NAE_EAA_P-1050_Enda_Kallas, lk 10
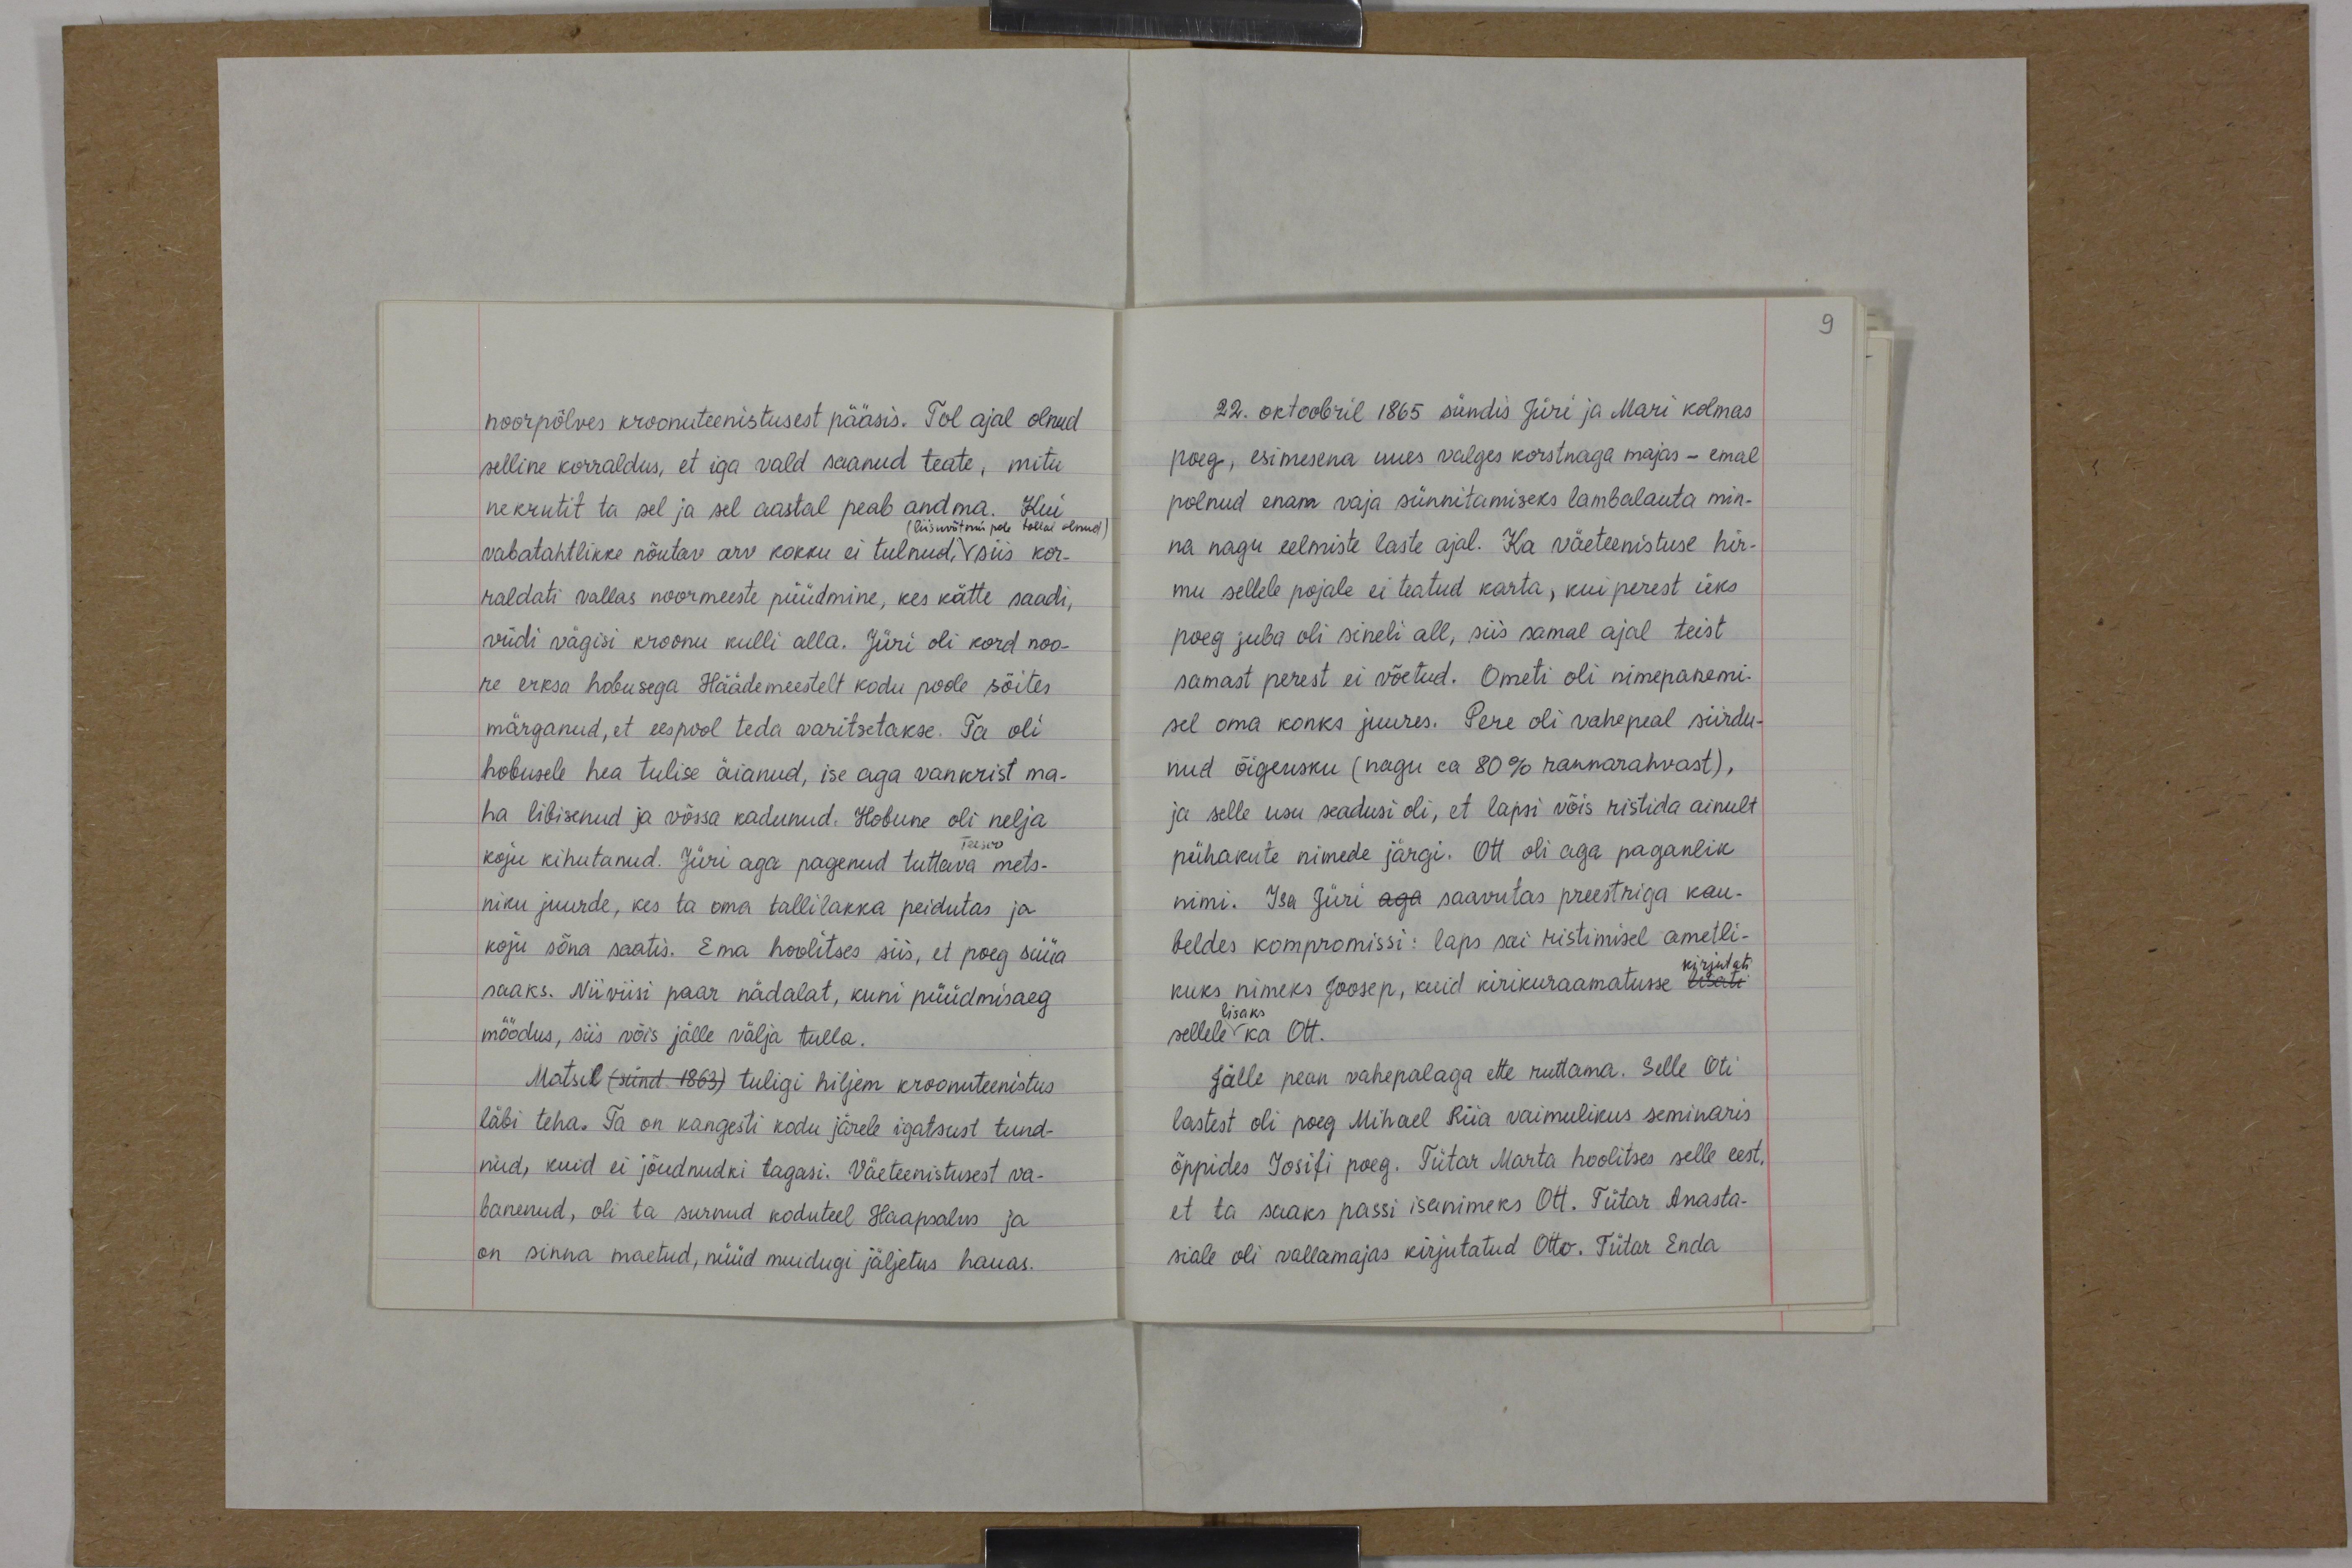
9

noorpõlves kroonuteenistusest pääsis. Tol ajal olnud
selline korraldus, et iga vald saanud teate, mitu
nekrutit ta sel ja sel aastal peab andma. Kui
(liisuvõtmis pole tollal olnud)
vabatahtlikke nõutav arv kokku ei tulnud, siis kor-
raldati vallas noormeeste püüdmine, kes kätte saadi,
viidi vägisi kroonu kulli alla. Jüri oli kord noo-
re erksa hobusega Häädemeestelt kodu poole sõites
märganud, et eespool teda varitsetakse. Ta oli
hobusele hea tulise äianud, ise aga vankrist ma-
ha libisenud ja võssa kadunud. Hobune oli nelja
koju kihutanud. Jüri aga pagenud tuttava mets-
niku juurde, kes ta oma tallilakka peidutas ja
koju sõna saatis. Ema hoolitses siis, et poeg süüa
saaks. Niiviisi paar nädalat, kuni püüdmisaeg
möödus, siis võis jälle välja tulla.
Matsil (sünd. 1863) tuligi hiljem kroonuteenistus
läbi teha. Ta on kangesti kodu järele igatsust tund-
nud, kuid ei jõudnudki tagasi. Väeteenistusest va-
banenud, oli ta surnud koduteel Haapsalus ja
on sinna maetud, nüüd muidugi jäljetus hauas.

22. oktoobril 1865 sündis Jüri ja Mari kolmas
poeg, esimesena uues valges korstnaga majas - emal
polnud enam vaja sünnitamiseks lambalauta min-
na nagu eelmiste laste ajal. Ka väeteenistuse hir-
mu sellele pojale ei teatud karta, kui perest üks
poeg juba oli sineli all, siis samal ajal teist
samast perest ei võetud. Ometi oli nimepanemi-
sel oma konks juures. Pere oli vahepeal siirdu-
nud õigeusku (nagu ca 80% rannarahvast),
ja selle usu seadusi oli, et lapsi võis ristida ainult
pühakute nimede järgi. Ott oli aga paganlik
nimi. Isa Jüri aga saavutas preestriga kau-
beldes kompromissi: laps sai ristimisel ametli-
kirjutati
kuks nimeks Joosep, kuid kirikuraamatusse lisati
lisaks
sellele ka Ott.
jälle pean vahepalaga ette ruttama. Selle Oti
lastest oli poeg Mihael Riia vaimulikus seminaris
õppides Iosifi poeg. Tütar Marta hoolitses selle eest,
et ta saaks passi isanimeks Ott. Tütar Anasta-
siale oli vallamajas kirjutatud Otto. Tütar Enda